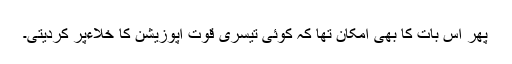
پھر اس بات کا بھی امکان تھا کہ کوئی تیسری قوت اپوزیشن کا خلاءپُر کردیتی۔